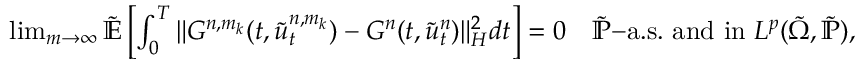
\begin{array} { r } { \operatorname* { l i m } _ { m \rightarrow \infty } \tilde { \ensuremath { { \mathbb E } } } \left[ \int _ { 0 } ^ { T } \| G ^ { n , m _ { k } } ( t , \tilde { u } _ { t } ^ { n , m _ { k } } ) - G ^ { n } ( t , \tilde { u } _ { t } ^ { n } ) \| _ { H } ^ { 2 } d t \right] = 0 \quad \tilde { \mathbb { P } } \mathrm { - a . s . ~ a n d ~ i n ~ } L ^ { p } ( \tilde { \Omega } , \tilde { \mathbb { P } } ) , } \end{array}